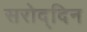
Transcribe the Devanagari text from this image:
सरोद्दिन